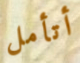
أتأمل